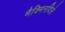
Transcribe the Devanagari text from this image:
मैक्मिनविले